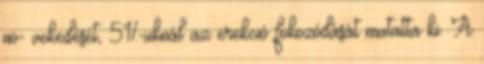
nö- vekedését, 51%-uknál az erekció fokozódását mutatta ki. A